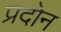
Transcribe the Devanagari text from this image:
प्रदोन